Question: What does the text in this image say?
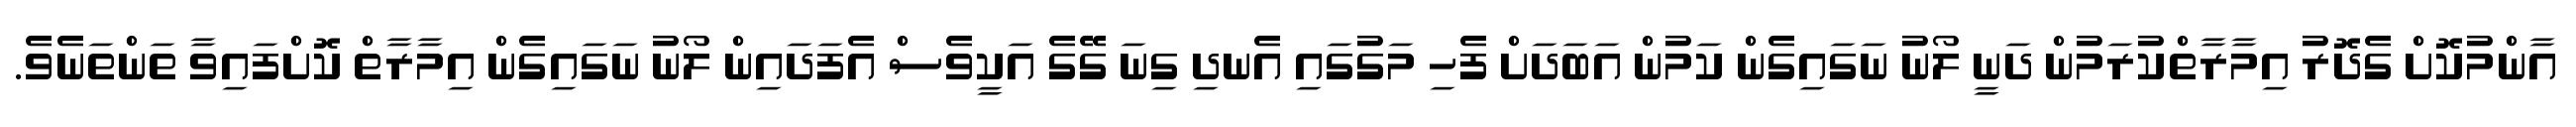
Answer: އާންމުކޮށް ގެދޮރު އިމާރާތްކުރަމުން ދަނީ ލޯނު ނަގައިގެން ކަމުން އަބަދަށް ފެހި މަގުގައި އެނދި ގިނަ ގޭގެ އަކީވެސް އެފަދައިން ލޯނު ނަގައިގެން އިމާރާތް ކޮށްފައިވާ ތަންތަނެވެ.